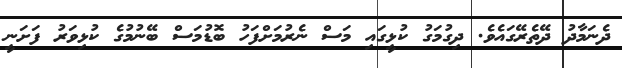
ދެނަމާދު ދޭތެރޭގައެވެ. ދިގުމަގު ކުޅީގައި މަސް ނެރުމަށްފަހު ބޮޑުމަސް ބޭނުމުގެ ކުޅިވަރު ފަށަނީ